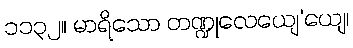
၁၁၃၂။ မာရိသော တဏ္ဍုလေယျေ’ယျေ၊